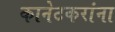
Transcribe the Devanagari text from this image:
कानेटकरांना